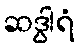
ဆဒွါရံ